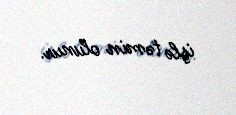
işlə təmin olunur.